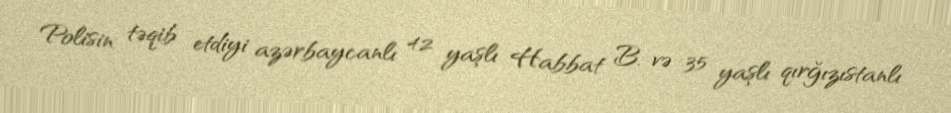
Polisin təqib etdiyi azərbaycanlı 42 yaşlı Habbat B. və 35 yaşlı qırğızıstanlı